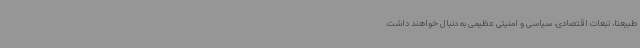
طبیعتا، تبعات اقتصادی، سیاسی و امنیتی عظیمی به دنبال خواهند داشت.